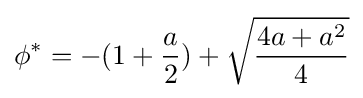
\phi ^{*}=-(1+{\frac {a}{2}})+{\sqrt {\frac {4a+a^{2}}{4}}}